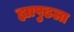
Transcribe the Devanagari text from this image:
ह्यापुढला